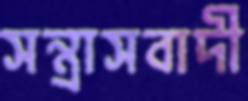
সন্ত্রাসবাদী